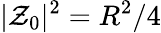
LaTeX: |\mathcal{Z}_{0}|^{2}=R^{2}/4